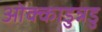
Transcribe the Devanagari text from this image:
ओक्काडुन्नडु